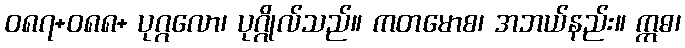
ဝ၈၇+၀၈၈+ ပုဂ္ဂလော၊ ပုဂ္ဂိုလ်သည်။ ကတမောစ၊ အဘယ်နည်း။ ဣဓ၊